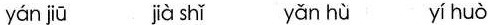
yán jiū jià shǐ yǎn hù yí huò